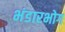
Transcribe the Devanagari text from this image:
भंडारभोग